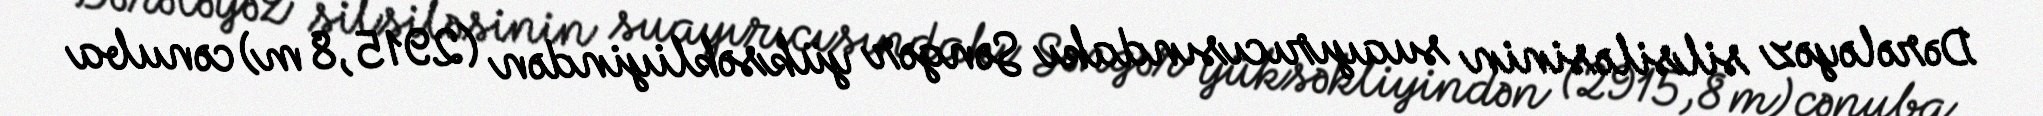
Dərələyəz silsiləsinin suayırıcısındakı Səngər yüksəkliyindən (2915,8 m) cənuba